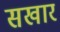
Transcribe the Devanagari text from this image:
सखार